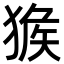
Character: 㺅